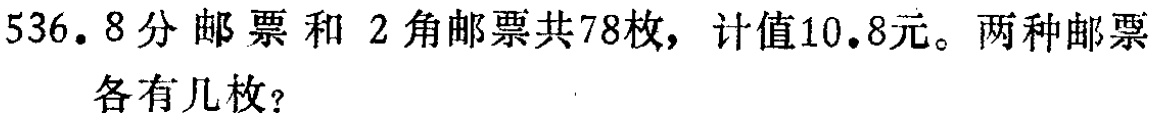
536. 8分邮票和2角邮票共78枚，计值10.8元。两种邮票各有几枚？